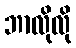
ဘာလိုလို